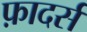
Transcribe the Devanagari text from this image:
फ़ादर्स